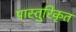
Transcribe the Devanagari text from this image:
पास्तुरिकृत